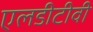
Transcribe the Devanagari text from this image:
एलडीटीवी